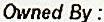
OWNED BY :